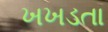
ખખડતા